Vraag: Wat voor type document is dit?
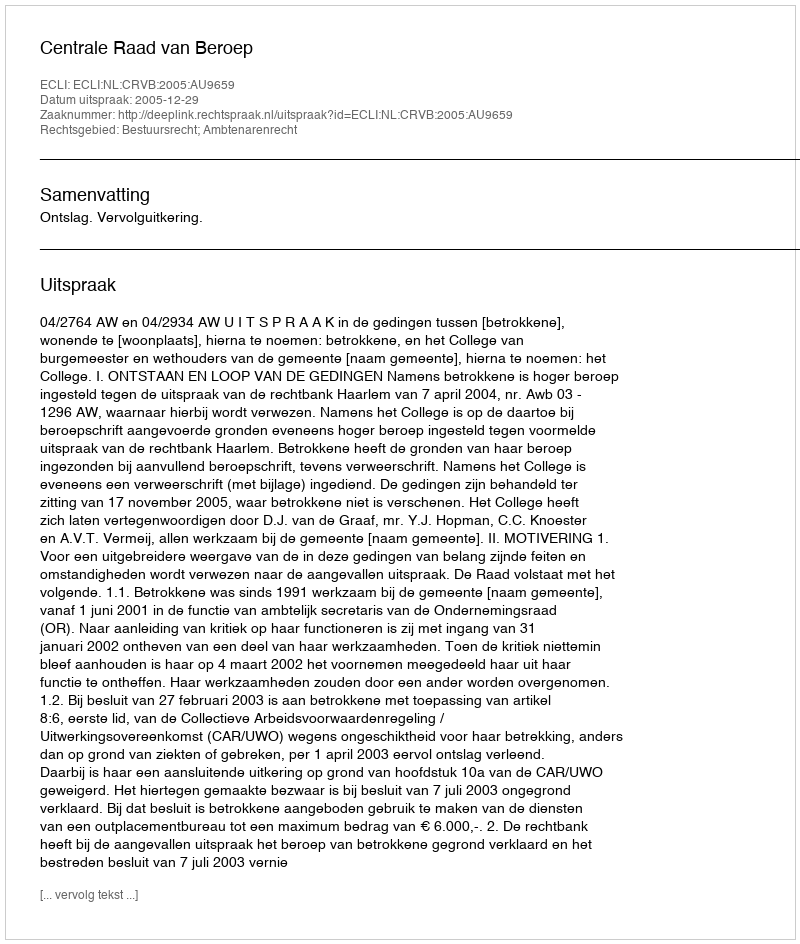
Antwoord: Uitspraak